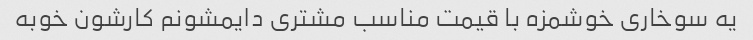
یه سوخاری خوشمزه با قیمت مناسب مشتری دایمشونم کارشون خوبه